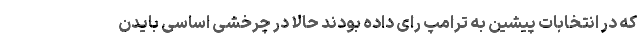
که در انتخابات پیشین به ترامپ رای داده بودند حالا در چرخشی اساسی بایدن